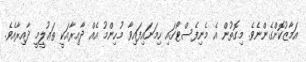
އަމާޒުކޮށްގެންނެވެ. މިގޮތުން އެ މެނިފެސްޓޯގައި ހިމަނައިފައިވާ މުހިންމު އެއް ދާއިރާއަކީ ތަޢުލީމީ ދާއިރާއެވެ.